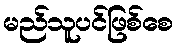
မည်သူပင်ဖြစ်စေ